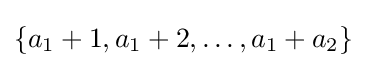
\{a_{1}+1,a_{1}+2,\ldots ,a_{1}+a_{2}\}